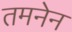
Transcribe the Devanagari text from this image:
तमनेन